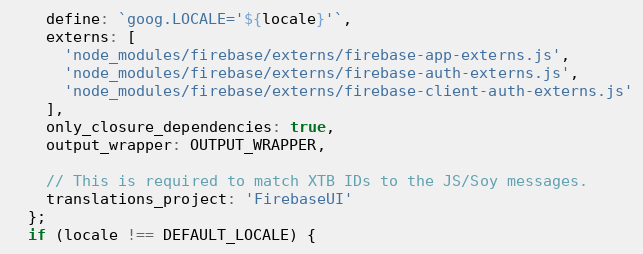
Language: JavaScript
    define: `goog.LOCALE='${locale}'`,
    externs: [
      'node_modules/firebase/externs/firebase-app-externs.js',
      'node_modules/firebase/externs/firebase-auth-externs.js',
      'node_modules/firebase/externs/firebase-client-auth-externs.js'
    ],
    only_closure_dependencies: true,
    output_wrapper: OUTPUT_WRAPPER,

    // This is required to match XTB IDs to the JS/Soy messages.
    translations_project: 'FirebaseUI'
  };
  if (locale !== DEFAULT_LOCALE) {